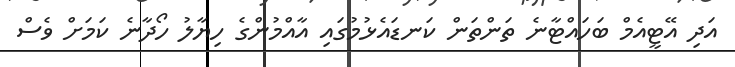
އަދި އޭޓީއެމް ބަހައްޓާނެ ތަންތަން ކަނޑައެޅުމުގައި އާއްމުންގެ ހިޔާލު ހޯދާނެ ކަމަށް ވެސް